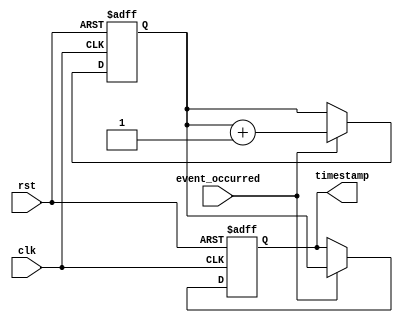
module timestamp(
    input event_occurred,
    input clk,
    input rst,
    output reg [31:0] timestamp
);

reg [31:0] timer;

always @ (posedge clk or posedge rst) begin
    if (rst)
        timer <= 0;
    else if (event_occurred)
        timer <= timer + 1;
end

always @ (posedge clk or posedge rst) begin
    if (rst)
        timestamp <= 0;
    else if (event_occurred)
        timestamp <= timer;
end

endmodule